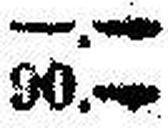
90.—